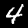
Label: 4